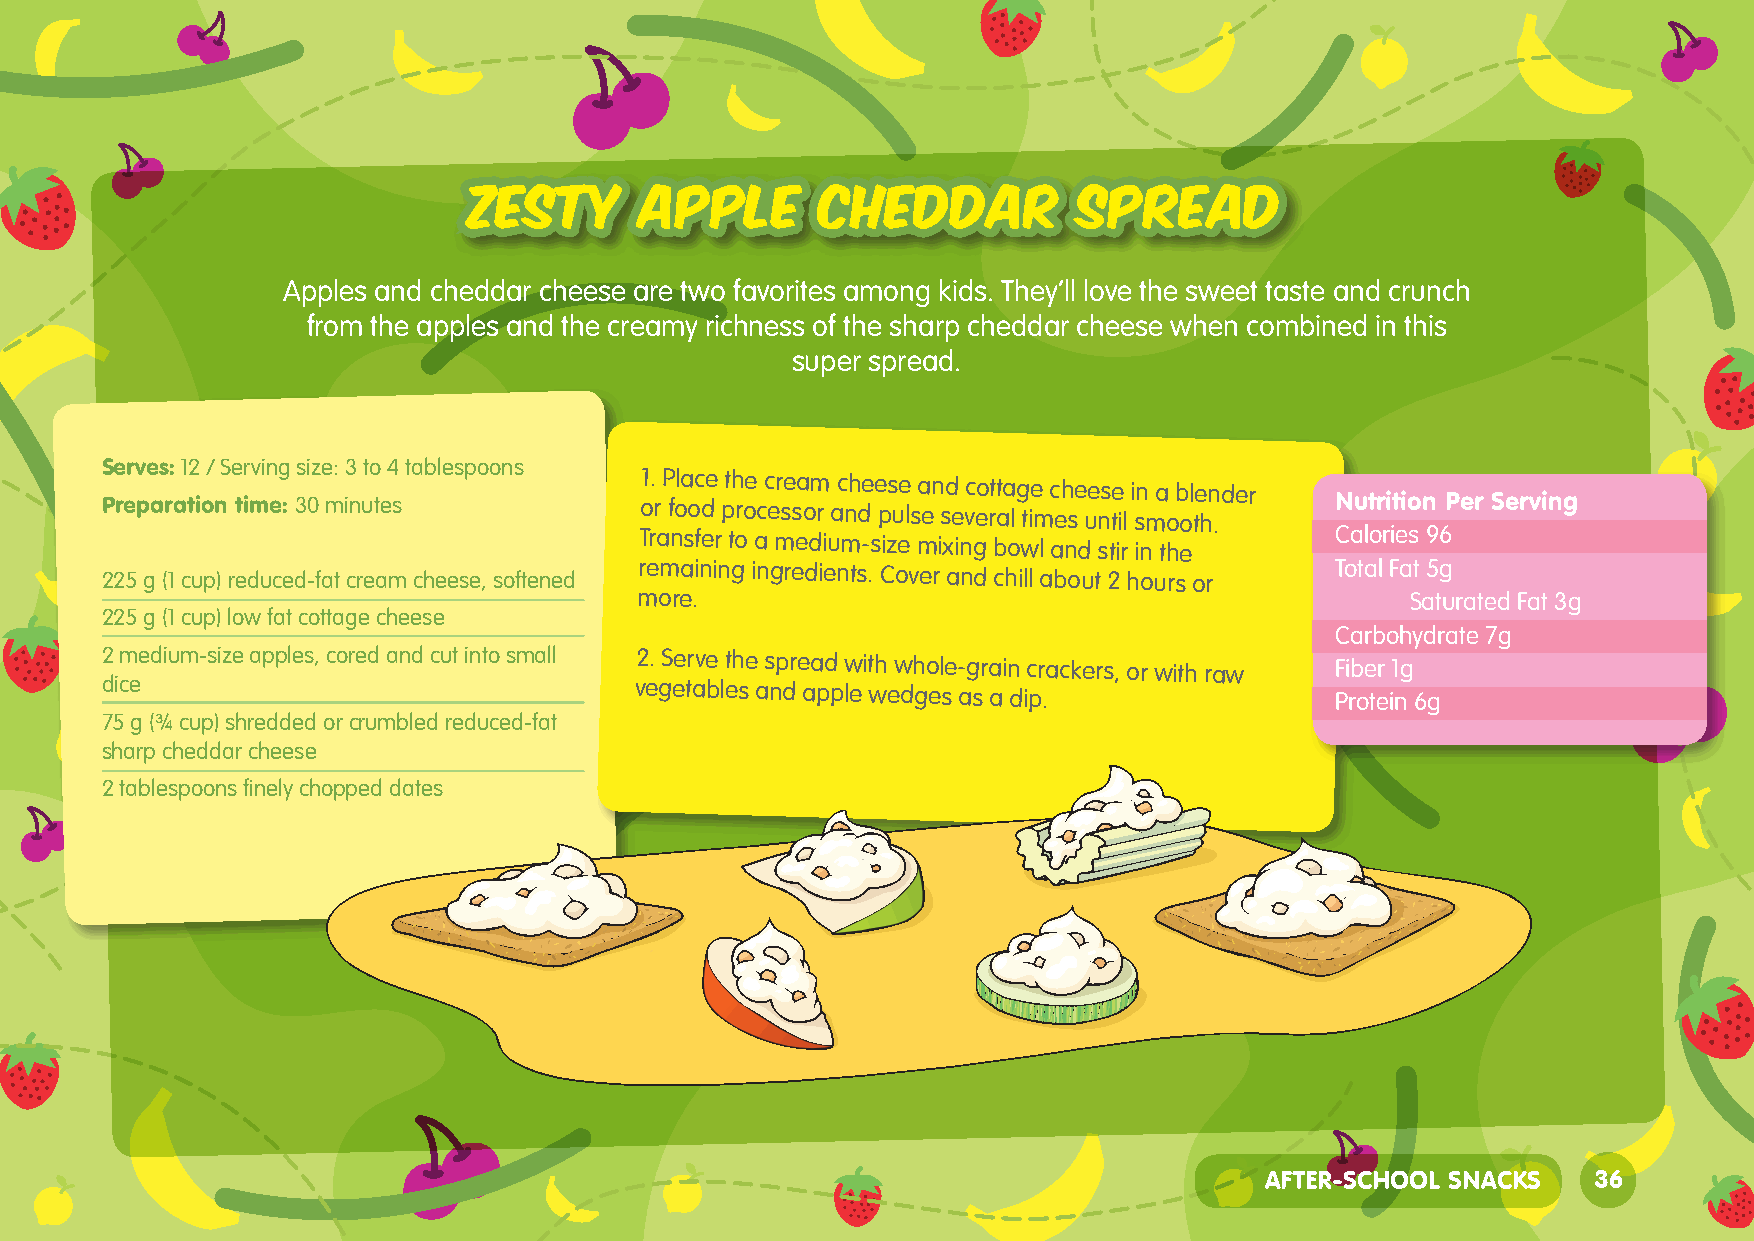
ZESTY      APPLE       CHEDDAR          SPREAD
 Apples and cheddar cheese are two favorites among kids. They’ll love the sweet taste and crunch
 from the apples and the creamy richness of the sharp cheddar cheese when combined in this
 super spread.
 Serves: 12 / Serving size: 3 to 4 tablespoons
 Preparation time: 30 minutes       o1. r P fola oc de pth roe c c er se sa om r a c nh de e ps ue ls a en sd e vc eo rt ata l g tie m c eh se ue ns te il i sn m a o b ol te hn .der Nutrition Per Serving
 Transfer to a medium-size mixing bowl and stir in the Calories 96
 225 g (1 cup) reduced-fat cream cheese, softened remaining ingredients. Cover and chill about 2 hours or Total Fat 5g
 more.                                              Saturated Fat 3g
 225 g (1 cup) low fat cottage cheese
 Carbohydrate 7g
 2 medium-size apples, cored and cut into small 2. Serve the spread with whole-grain crackers, or with raw Fiber 1g
 dice                               vegetables and apple wedges as a dip.         Protein 6g
 75 g (¾ cup) shredded or crumbled reduced-fat
 sharp cheddar cheese
 2 tablespoons finely chopped dates
 AFTER-SCHOOL SNACKS   36